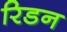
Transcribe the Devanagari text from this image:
रिडन